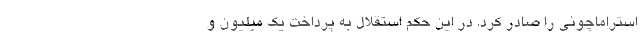
استراماچونی را صادر کرد. در این حکم‌ استقلال به پرداخت یک میلیون و